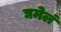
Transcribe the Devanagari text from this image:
घमेलं